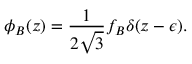
\phi _ { B } ( z ) = \frac { 1 } { 2 \sqrt { 3 } } f _ { B } \delta ( z - \epsilon ) .